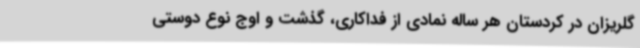
گلریزان در کردستان هر ساله نمادی از فداکاری، گذشت و اوج نوع دوستی